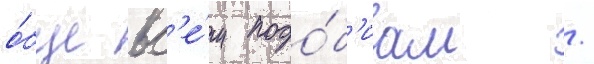
о́бще вс'е́м подо́б'иам /